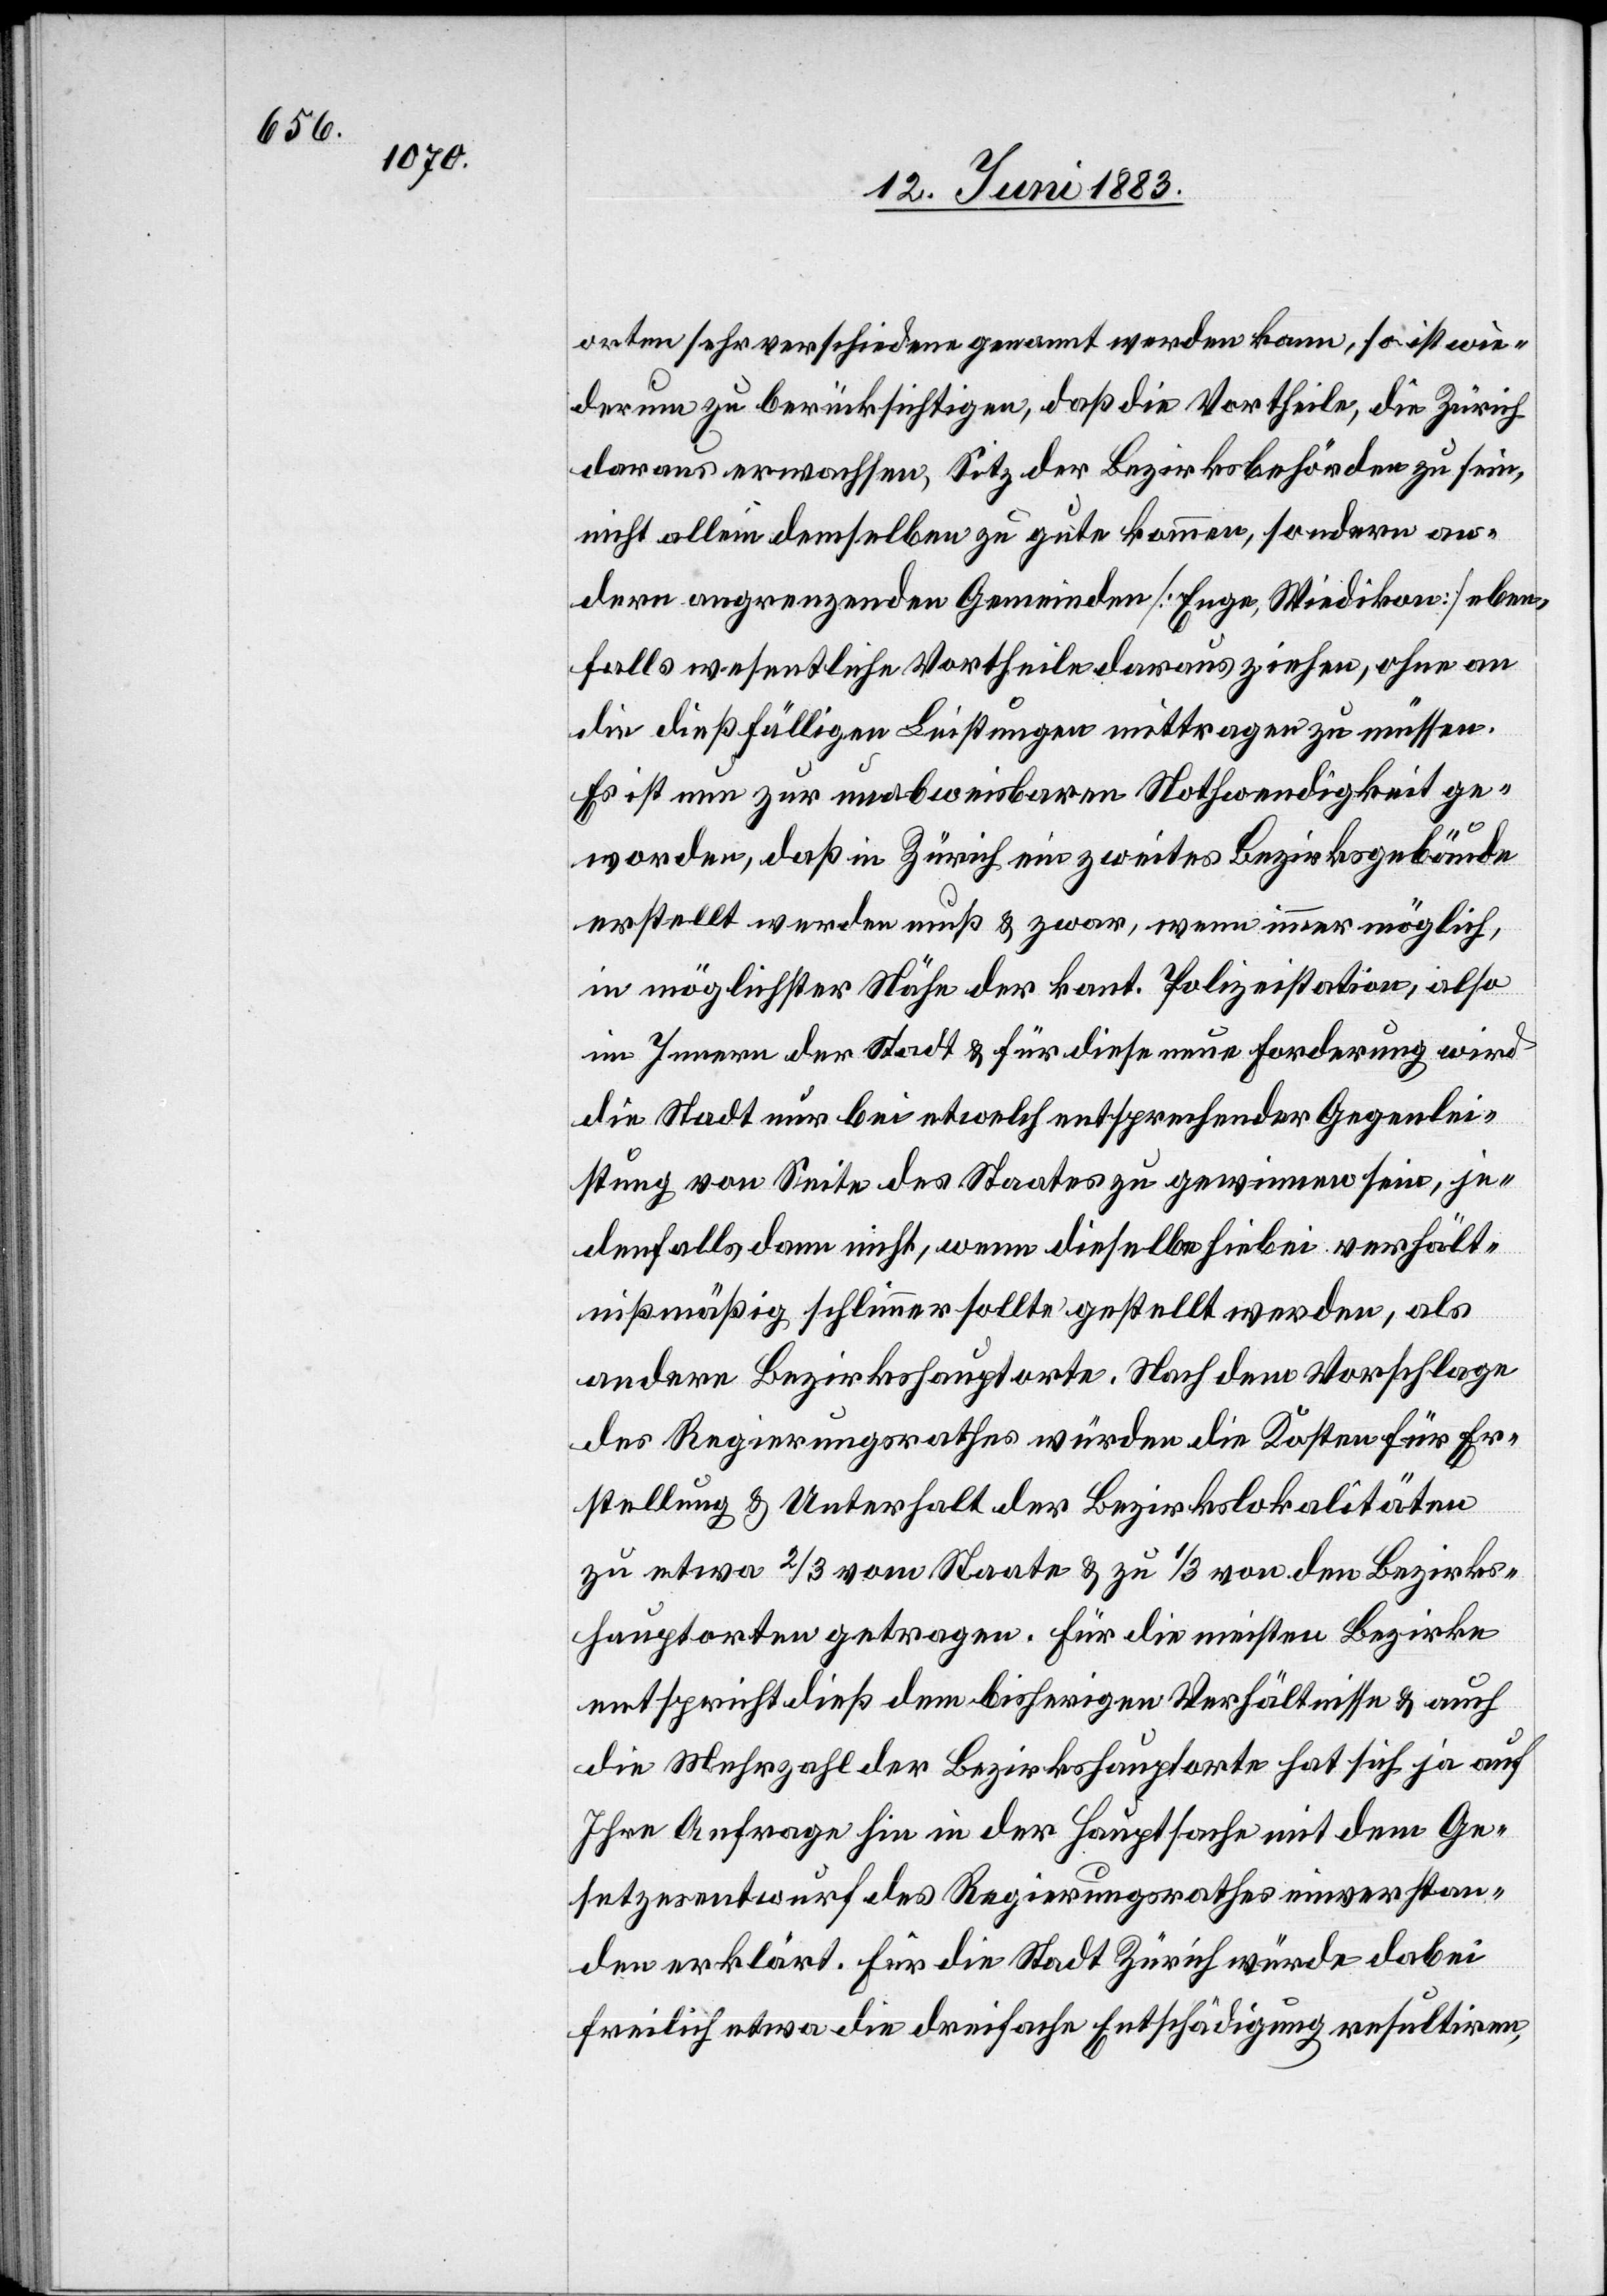
orten verschiedene genannt werden kann, so ist wie¬
derum zu berücksichtigen, daß die Vortheile, die dar¬
aus erwachsen, Sitz der Bezirksbehörde zu sein,
nicht allein demselben zu gute kommen, sondern auch
andern angrenzenden Gemeinden [Enge, Wiedikon] eben¬
falls wesentliche Vortheile daraus ziehen, ohne an
die dießfälligen Leistungen mittragen zu müssen.
Es ist nun zur unabweisbaren Nothwendigkeit ge¬
worden, daß in Zürich ein zweites Bezirksgebäude
erstellt werden muß & zwar, wenn immer möglich,
in möglichster Nähe der kant. Polizeistation, also
im Innern der Stadt & für diese neue Forderung wird
die Stadt nur bei etwelch entsprechender Gegenlei¬
stung von Seite des Staates zu gewinnen sein, je¬
denfalls dann nicht, wenn dieselbe hiebei verhält¬
nißmäßig schlimmer sollte gestellt werden, als
andere Bezirkshauptorte. Nach dem Vorschlage
des Regierungsrathes würden die Kosten für Er¬
stellung & Unterhalt der Bezirkslokalitäten
zu etwa 2/3 vom Staate & zu 1/3 von den Bezirks¬
hauptorten getragen. Für die meisten Bezirke
entspricht dieß dem bisherigen Verhältnisse & auch
die Mehrzahl der Bezirkshauptorte hat sich ja auf
Ihre Anfrage hin in der Hauptsache mit dem Ge¬
setzesentwurf des Regierungsrathes einverstan¬
den erklärt. Für die Stadt Zürich würde dabei
freilich etwa die dreifache Entschädigung resultiren,